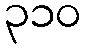
၃၁၀